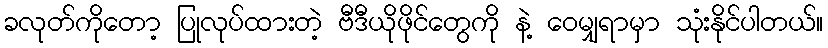
ခလုတ်ကိုတော့ ပြုလုပ်ထားတဲ့ ဗီဒီယိုဖိုင်တွေကို နဲ့ ဝေမျှရာမှာ သုံးနိုင်ပါတယ်။